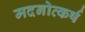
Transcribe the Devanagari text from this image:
मदनोत्कर्ष